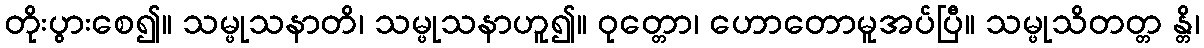
တိုးပွားစေ၍။ သမ္ဖုသနာတိ၊ သမ္ဖုသနာဟူ၍။ ဝုတ္တော၊ ဟောတောမူအပ်ပြီ။ သမ္ဖုသိတတ္တ န္တိ၊